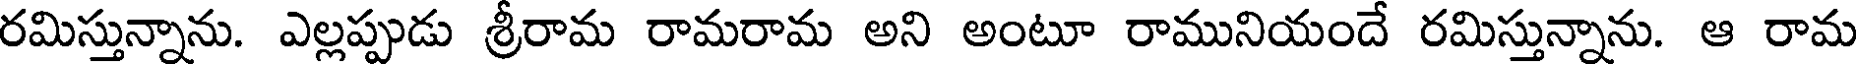
రమిస్తున్నాను. ఎల్లప్పుడు శ్రీరామ రామరామ అని అంటూ రామునియందే రమిస్తున్నాను. ఆ రామ